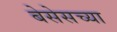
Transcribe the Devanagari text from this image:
बेसेसच्या